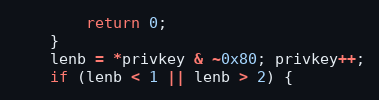
Language: C
        return 0;
    }
    lenb = *privkey & ~0x80; privkey++;
    if (lenb < 1 || lenb > 2) {